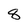
Character: 8